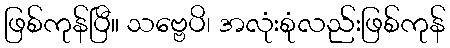
ဖြစ်ကုန်ပြီ။ သဗ္ဗေပိ၊ အလုံးစုံလည်းဖြစ်ကုန်